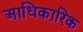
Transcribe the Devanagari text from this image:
अाधिकारिक